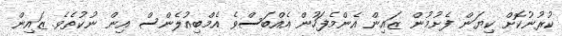
ކުރުނުކޮށް ކިޔަން ފެށުމުން ޒައިން އެންމެފަހުން އެއްބަސްވެ އެމްބިއުލެންސް އިން ނުކުތެވެ. ޒައިން